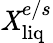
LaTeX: \mathit{X}_{\mathrm{{liq}}}^{e/s}